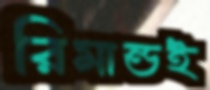
রিমান্ডই